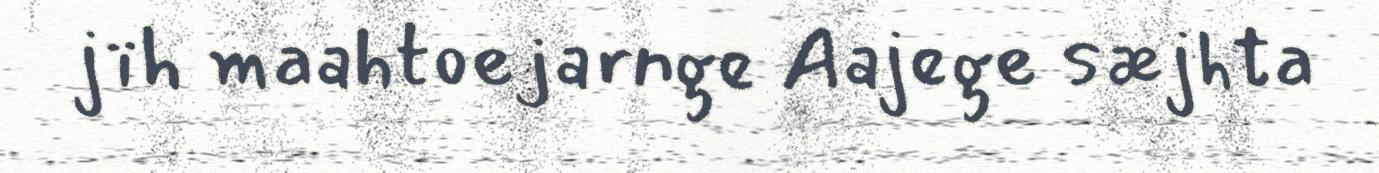
jïh maahtoejarnge Aajege sæjhta